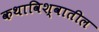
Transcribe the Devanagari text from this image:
कथाविश्वातील